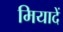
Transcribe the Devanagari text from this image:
मियादें